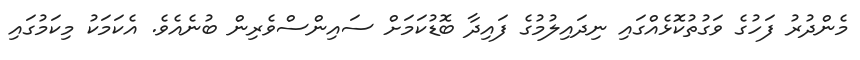
މެންދުރު ފަހުގެ ވަގުތުކޮޅެއްގައި ނިދައިލުމުގެ ފައިދާ ބޮޑުކަމަށް ސައިންސްވެރިން ބުނެއެވެ. އެކަމަކު މިކަމުގައި